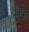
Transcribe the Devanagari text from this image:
मेरुं